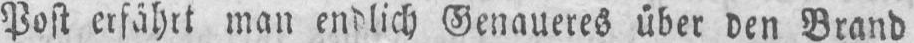
Post erfährt man endlich Genaueres über den Brand